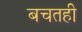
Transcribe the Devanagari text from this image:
बचतही